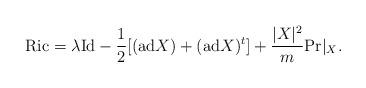
LaTeX: \begin{align*} \mathrm{Ric}=\lambda \mathrm{Id}-\frac{1}{2}[(\mathrm{ad} X)+(\mathrm{ad} X)^t]+\frac{|X|^2}{m}\mathrm{Pr}|_X.\end{align*}